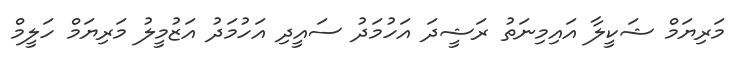
މަރިޔަމް ޝަކީލާ އައިމިނަތު ރަޝީދަ އަހުމަދު ސައީދި އަހުމަދު އަޒުމީލު މަރިޔަމް ހަލީމް